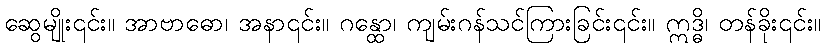
ဆွေမျိုး၎င်း။ အာဗာဓော၊ အနာ၎င်း။ ဂန္ထော၊ ကျမ်းဂန်သင်ကြားခြင်း၎င်း။ ဣဒ္ဓိ၊ တန်ခိုး၎င်း။